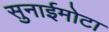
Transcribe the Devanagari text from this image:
सुनाईमोटा